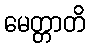
မေတ္တာတိ